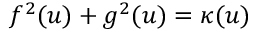
f ^ { 2 } ( u ) + g ^ { 2 } ( u ) = \kappa ( u )